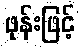
ဖုန်းဖြင့်